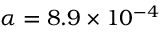
\alpha = 8 . 9 \times 1 0 ^ { - 4 }